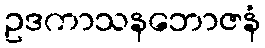
ဥဒကာသနဘောဇနံ